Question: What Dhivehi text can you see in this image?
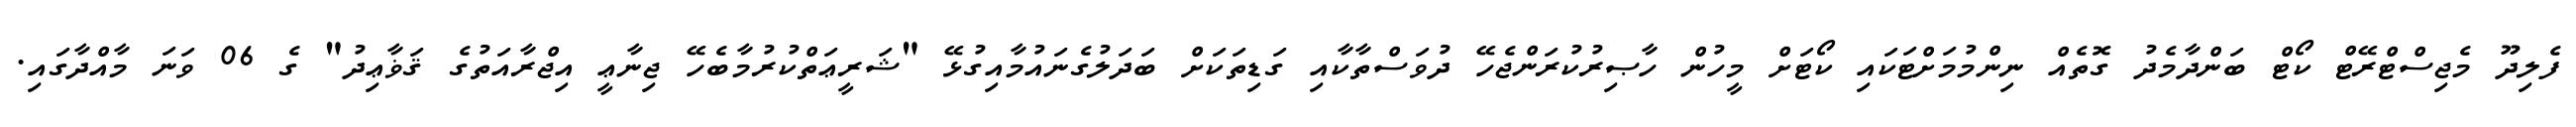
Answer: ފެލިދޫ މެޖިސްޓްރޭޓް ކޯޓް ބަންދާމެދު ގޮތެއް ނިންމުމަށްޓަކައި ކޯޓަށް މީހުން ހާޞިރުކުރަންޖެހޭ ދުވަސްތާކާއި ގަޑިތަކަށް ބަދަލުގެނައުމާއިގުޅޭ "ޝަރީޢަތްކުރުމާބެހޭ ޖިނާޢީ އިޖްރާއަތުގެ ޤަޥާޢިދު" ގެ 06 ވަނަ މާއްދާގައި.